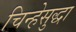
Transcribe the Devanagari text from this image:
चिन्हेसुद्धा